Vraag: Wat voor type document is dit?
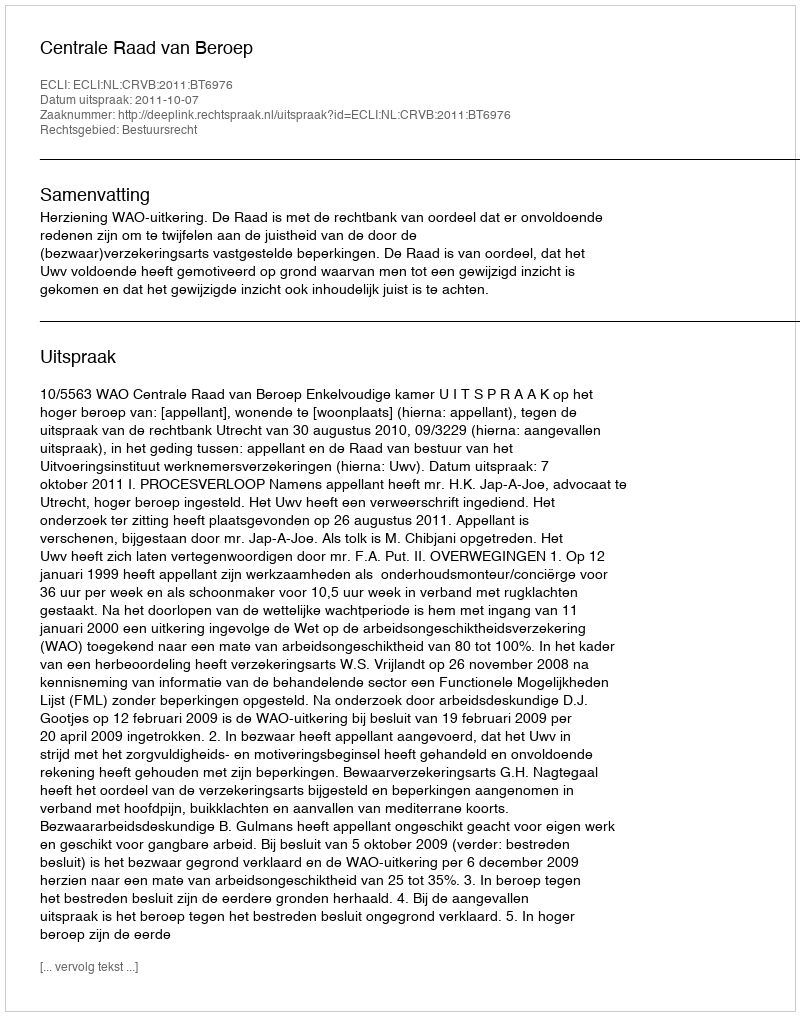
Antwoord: Uitspraak